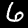
Label: 6